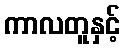
ကာလတူနှင့်